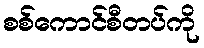
စစ်ကောင်စီတပ်ကို